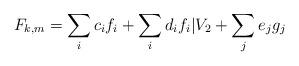
LaTeX: \begin{align*}F_{k,m} = \sum_i c_i f_i + \sum_i d_i f_i|V_2 + \sum_j e_j g_j\end{align*}